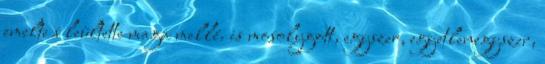
emelte s leültette maga mellé. is mosolygott, egyszer, egyetlenegyszer,